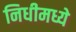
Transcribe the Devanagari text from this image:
निधीमध्ये